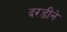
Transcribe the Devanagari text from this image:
दरडीने